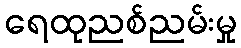
ရေထုညစ်ညမ်းမှု